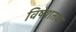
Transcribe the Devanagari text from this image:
विषेशतया